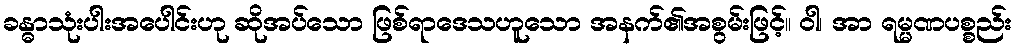
ခန္ဓာသုံးပါးအပေါင်းဟု ဆိုအပ်သော ဖြစ်ရာဒေသဟူသော အနက်၏အစွမ်းဖြင့်။ ဝါ၊ အာ ရမ္မဏပစ္စည်း